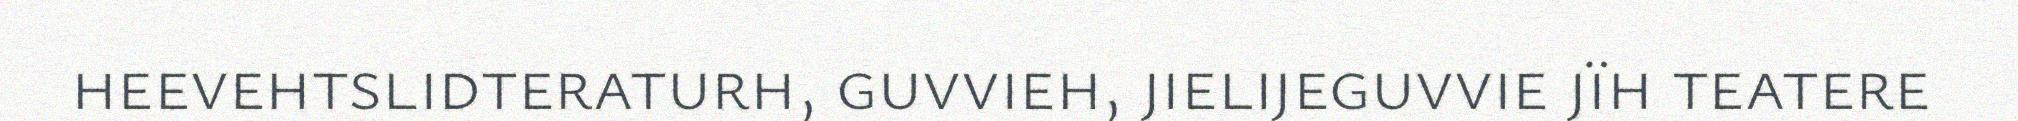
heevehtslidteraturh, guvvieh, jielijeguvvie jïh teatere